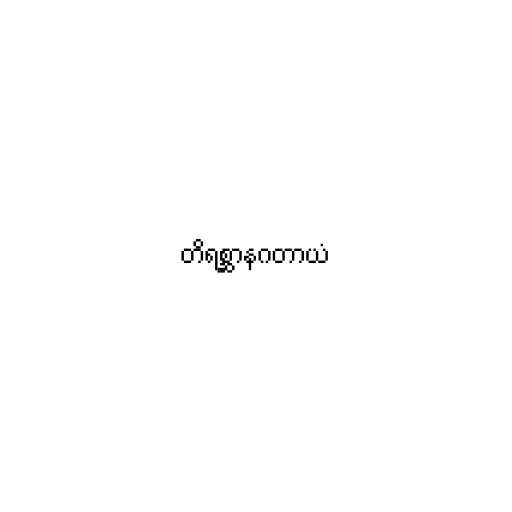
တိရစ္ဆာနဂတာယံ